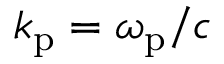
k _ { \mathrm { p } } = \omega _ { \mathrm { p } } / { c }